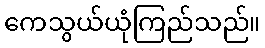
ကေသွယ်ယုံကြည်သည်။